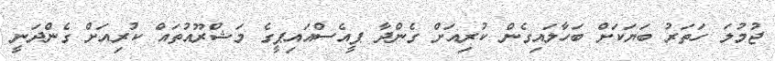
ޖުމުލަ ހަތަރު ބަޔަކަށް ބަހާލައިގެން ކުރިއަށް ގެންދާ ޕީއެސްއައިޕީގެ މަޝްރޫއުތައް ކުރިއަށް ގެންދަނީ